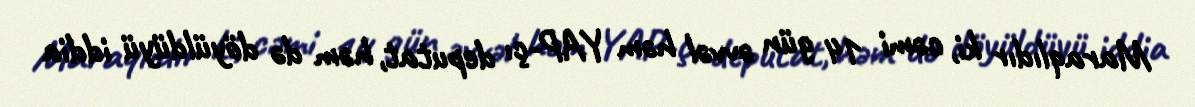
Maraqlıdır ki, cəmi 14 gün əvvəl həm YAP-çı deputat, həm də döyüldüyü iddia